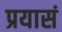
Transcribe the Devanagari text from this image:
प्रयासं